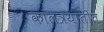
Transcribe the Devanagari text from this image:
कालत्रयातीत